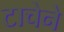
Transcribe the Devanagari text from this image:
टाचेने